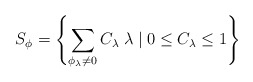
\begin{align*}S_{\phi} = \left\{ \sum_{{\phi}_{\lambda} \neq 0 } C_{\lambda} \; \lambda \; |\; 0 \leq C_{\lambda} \leq 1 \right\}\end{align*}